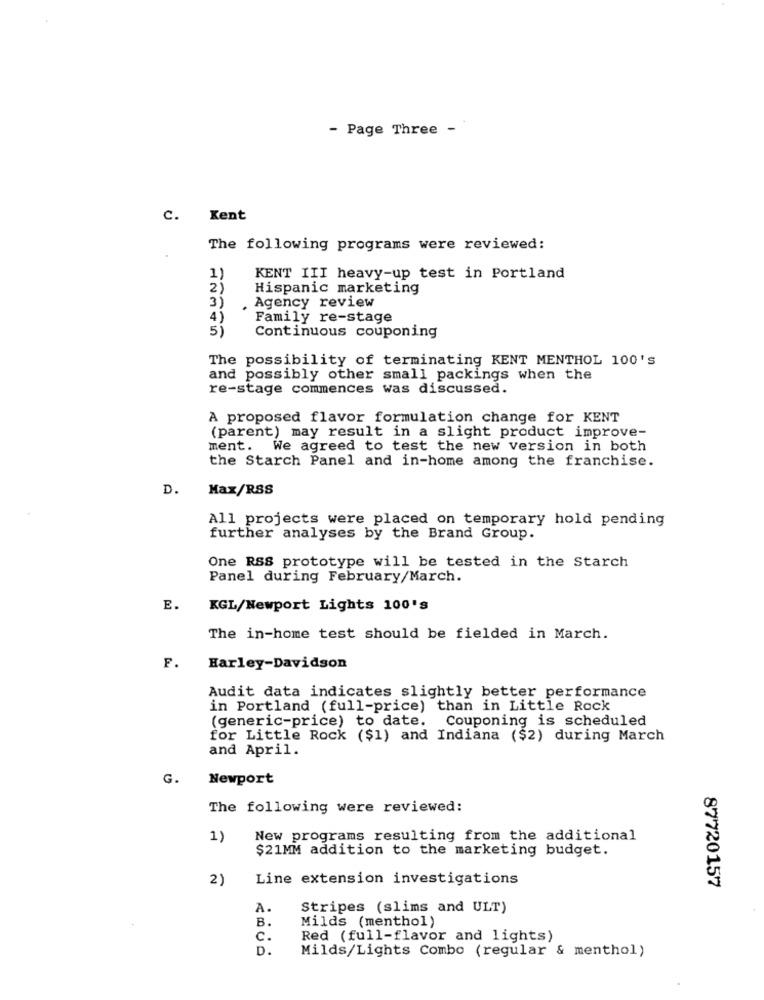
- Page Three -
c.
Kent
The following programs were reviewed:
1)
KENT III heavy-up test in Portland
Hispanic marketing
3)
. Agency review
4)
Family re-stage
Continuous couponing
The possibility of terminating KENT MENTHOL 100'S
and possibly other small packings when the
re-stage commences was discussed.
A proposed flavor formulation change for KENT
(parent) may result in a slight product improve-
ment. We agreed to test the new version in both
the Starch Panel and in-home among the franchise.
D.
Max/RSS
All projects were placed on temporary hold pending
further analyses by the Brand Group.
One RSS prototype will be tested in the Starch
Panel during February/March.
E.
KGL/Newport Lights 100's
The in-home test should be fielded in March.
F.
Harley-Davidson
Audit data indicates slightly better performance
in Portland (full-price) than in Little Rock
(generic-price) to date. Couponing is scheduled
for Little Rock ($1) and Indiana ($2) during March
and April.
G.
Newport
The following were reviewed:
1)
New programs resulting from the additional
$21MM addition to the marketing budget.
2)
Line extension investigations
87720157
A.
Stripes (slims and ULT)
B.
Milds (menthol)
c.
Red (full-flavor and lights)
D.
Milds/Lights Combo (regular & menthol)